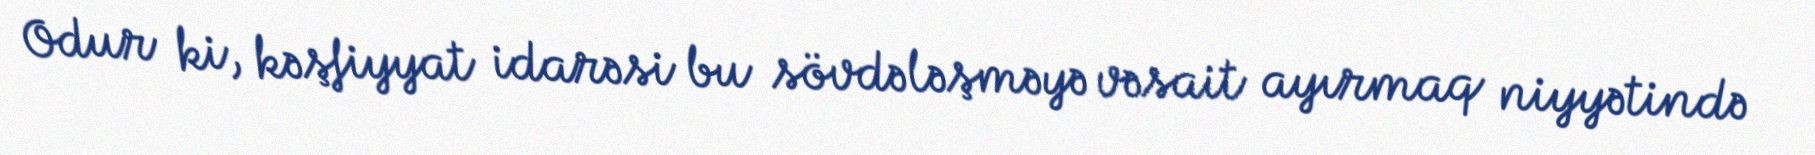
Odur ki, kəşfiyyat idarəsi bu sövdələşməyə vəsait ayırmaq niyyətində